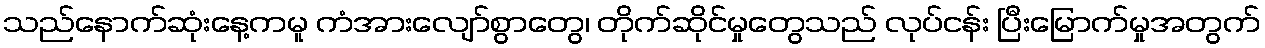
သည်နောက်ဆုံးနေ့ကမူ ကံအားလျော်စွာတွေ၊ တိုက်ဆိုင်မှုတွေသည် လုပ်ငန်း ပြီးမြောက်မှုအတွက်